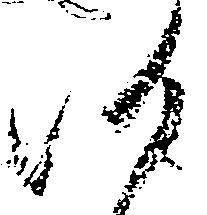
候